Calcutta medical institutions reports 1871-78
Year: 1871
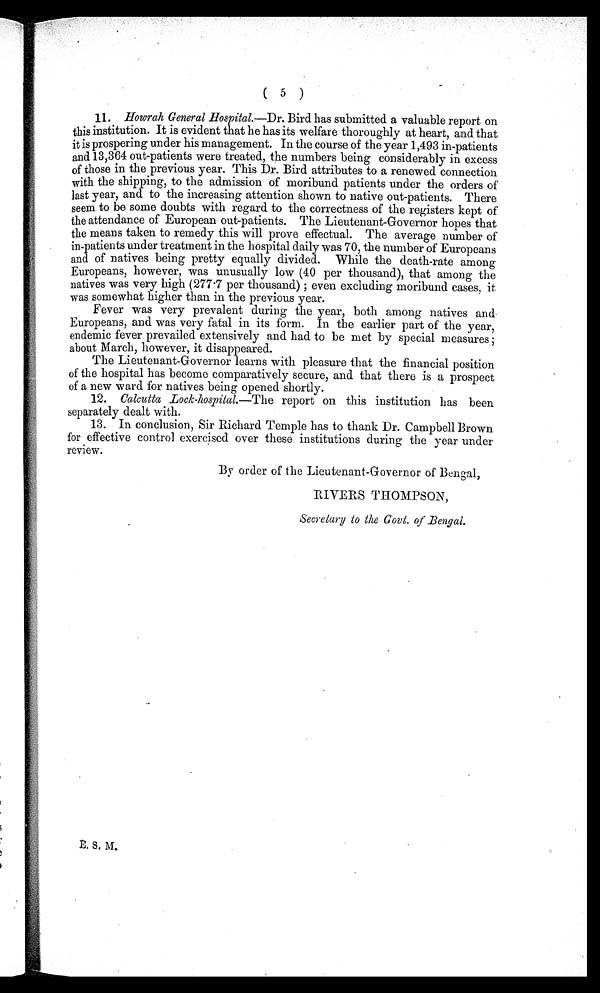
(5)
11. Howrah General Hospital.—Dr. Bird has submitted a valuable report on
this institution. It is evident that he has its welfare thoroughly at heart, and that
it is prospering under his management. In the course of the year 1,493 in-patients
and 13,364 out-patients were treated, the numbers being considerably in excess
of those in the previous year. This Dr. Bird attributes to a renewed connection
with the shipping, to the admission of moribund patients under the orders of
last year, and to the increasing attention shown to native out-patients. There
seem to be some doubts with regard to the correctness of the registers kept of
the attendance of European out-patients. The Lieutenant-Governor hopes that
the means taken to remedy this will prove effectual. The average number of
in-patients under treatment in the hospital daily was 70, the number of Europeans
and of natives being pretty equally divided. While the death-rate among
Europeans, however, was unusually low (40 per thousand), that among the
natives was very high (277.7 per thousand) ; even excluding moribund cases, it
was somewhat higher than in the previous year.
Fever was very prevalent during the year, both among natives and
Europeans, and was very fatal in its form. In the earlier part of the year,
endemic fever prevailed extensively and had to be met by special measures ;
about March, however, it disappeared.
The Lieutenant-Governor learns with pleasure that the financial position
of the hospital has become comparatively secure, and that there is a prospect
of a new ward for natives being opened shortly.
12. Calcutta Lock-hospital.—The report on this institution has been
separately dealt with.
13. In conclusion, Sir Richard Temple has to thank Dr. Campbell Brown
for effective control exercised over these institutions during the year under
review.
By order of the Lieutenant-Governor of Bengal,
RIVERS THOMPSON,
Secretary to the Govt. of Bengal.
I. S. M.